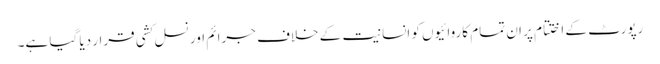
رپورٹ کے اختتام پر ان تمام کاروائیوں کو انسانیت کے خلاف جرائم اور نسل کشی قرار دیا گیا ہے۔